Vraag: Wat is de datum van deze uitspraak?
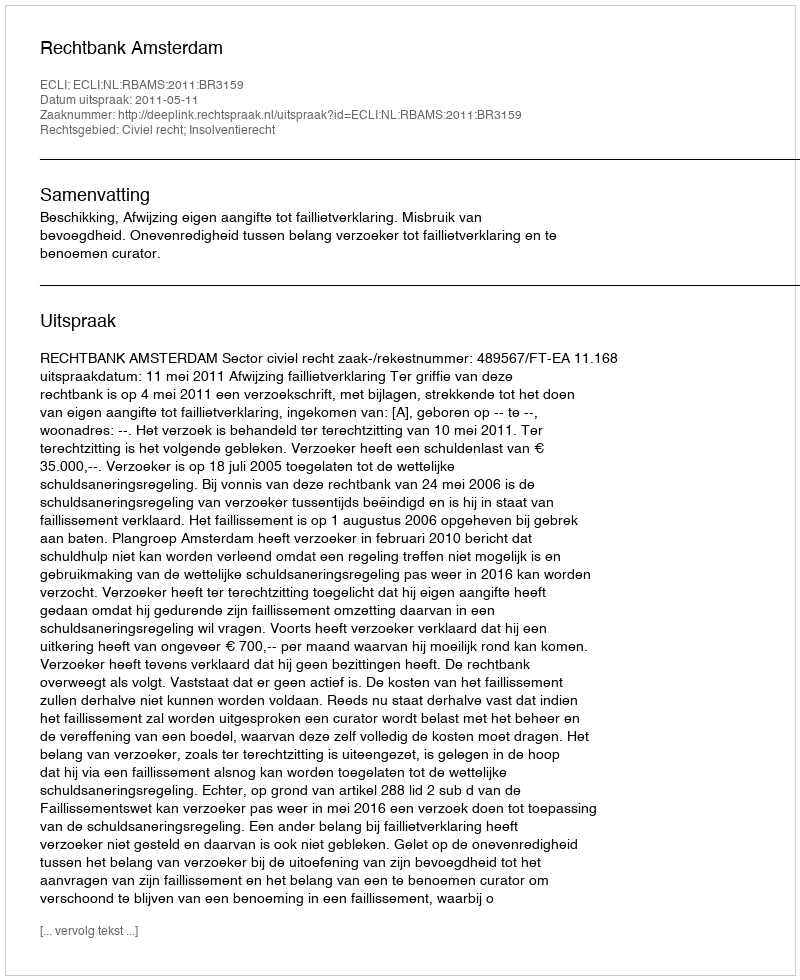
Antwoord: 2011-05-11